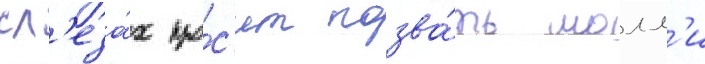
сл'еза́х про́с'ит позва́ть молл'и